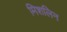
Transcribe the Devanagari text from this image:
मिशलिन